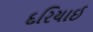
દરિયાઈ